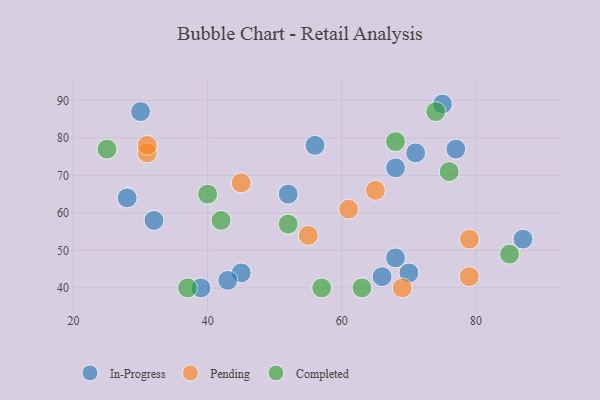
{"axis": {"x": "GDP", "y": "Life Expectancy"}, "legend": ["Completed", "In-Progress", "Pending"], "data": [{"x": "32", "y": 58, "type": "In-Progress"}, {"x": "52", "y": 65, "type": "In-Progress"}, {"x": "75", "y": 89, "type": "In-Progress"}, {"x": "28", "y": 64, "type": "In-Progress"}, {"x": "45", "y": 44, "type": "In-Progress"}, {"x": "43", "y": 42, "type": "In-Progress"}, {"x": "70", "y": 44, "type": "In-Progress"}, {"x": "71", "y": 76, "type": "In-Progress"}, {"x": "39", "y": 40, "type": "In-Progress"}, {"x": "68", "y": 48, "type": "In-Progress"}, {"x": "77", "y": 77, "type": "In-Progress"}, {"x": "66", "y": 43, "type": "In-Progress"}, {"x": "87", "y": 53, "type": "In-Progress"}, {"x": "56", "y": 78, "type": "In-Progress"}, {"x": "68", "y": 72, "type": "In-Progress"}, {"x": "30", "y": 87, "type": "In-Progress"}, {"x": "79", "y": 43, "type": "Pending"}, {"x": "55", "y": 54, "type": "Pending"}, {"x": "31", "y": 76, "type": "Pending"}, {"x": "65", "y": 66, "type": "Pending"}, {"x": "69", "y": 40, "type": "Pending"}, {"x": "61", "y": 61, "type": "Pending"}, {"x": "31", "y": 78, "type": "Pending"}, {"x": "45", "y": 68, "type": "Pending"}, {"x": "79", "y": 53, "type": "Pending"}, {"x": "42", "y": 58, "type": "Completed"}, {"x": "85", "y": 49, "type": "Completed"}, {"x": "37", "y": 40, "type": "Completed"}, {"x": "25", "y": 77, "type": "Completed"}, {"x": "63", "y": 40, "type": "Completed"}, {"x": "57", "y": 40, "type": "Completed"}, {"x": "74", "y": 87, "type": "Completed"}, {"x": "40", "y": 65, "type": "Completed"}, {"x": "68", "y": 79, "type": "Completed"}, {"x": "52", "y": 57, "type": "Completed"}, {"x": "76", "y": 71, "type": "Completed"}]}